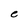
Character: e